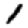
Digit: 1